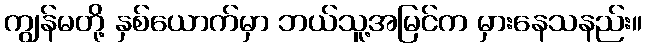
ကျွန်မတို့ နှစ်ယောက်မှာ ဘယ်သူ့အမြင်က မှားနေသနည်း။